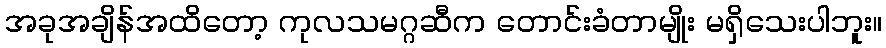
အခုအချိန်အထိတော့ ကုလသမဂ္ဂဆီက တောင်းခံတာမျိုး မရှိသေးပါဘူး။